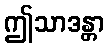
ဤသာဒန္တာ